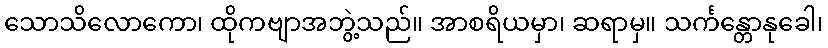
သောသိလောကော၊ ထိုကဗျာအဘွဲ့သည်။ အာစရိယမှာ၊ ဆရာမှ။ သင်္ကန္တောနုခေါ၊